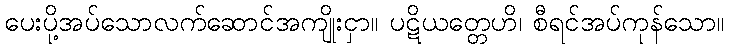
ပေးပို့အပ်သောလက်ဆောင်အကျိုးငှာ။ ပဋိယတ္တေဟိ၊ စီရင်အပ်ကုန်သော။